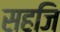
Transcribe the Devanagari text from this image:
सहजि